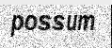
possum